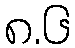
၈.၆